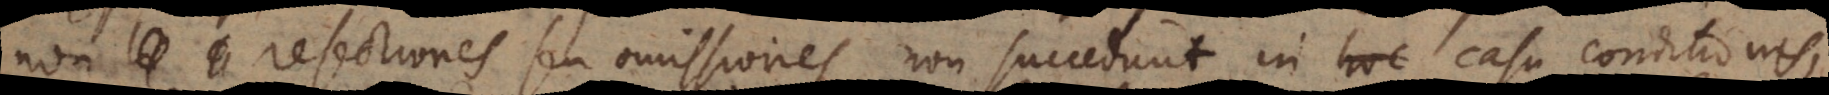
et resectiones seu omissiones non succedunt in hoc casu, casu